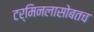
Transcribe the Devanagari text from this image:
टर्मिनलासोबतच